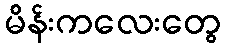
မိန်းကလေးတွေ